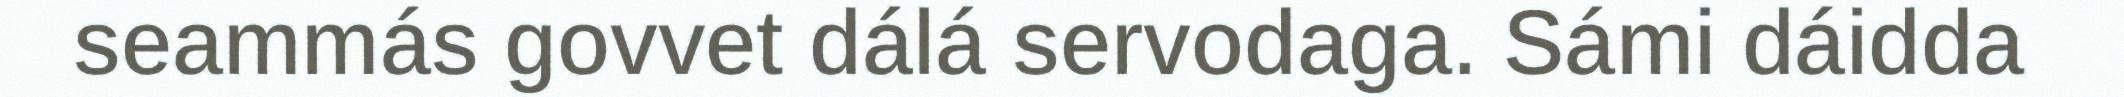
seammás govvet dálá servodaga. Sámi dáidda